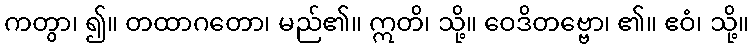
ကတွာ၊ ၍။ တထာဂတော၊ မည်၏။ ဣတိ၊ သို့။ ဝေဒိတဗ္ဗော၊ ၏။ ဧဝံ၊ သို့။